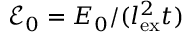
\mathcal { E } _ { 0 } = E _ { 0 } / ( l _ { \mathrm { e x } } ^ { 2 } t )